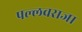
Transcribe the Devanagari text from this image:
पल्लवराजा